Vaccine operations Central Provinces & Berar 1912-1920 - 1912-1920
Year: 1912
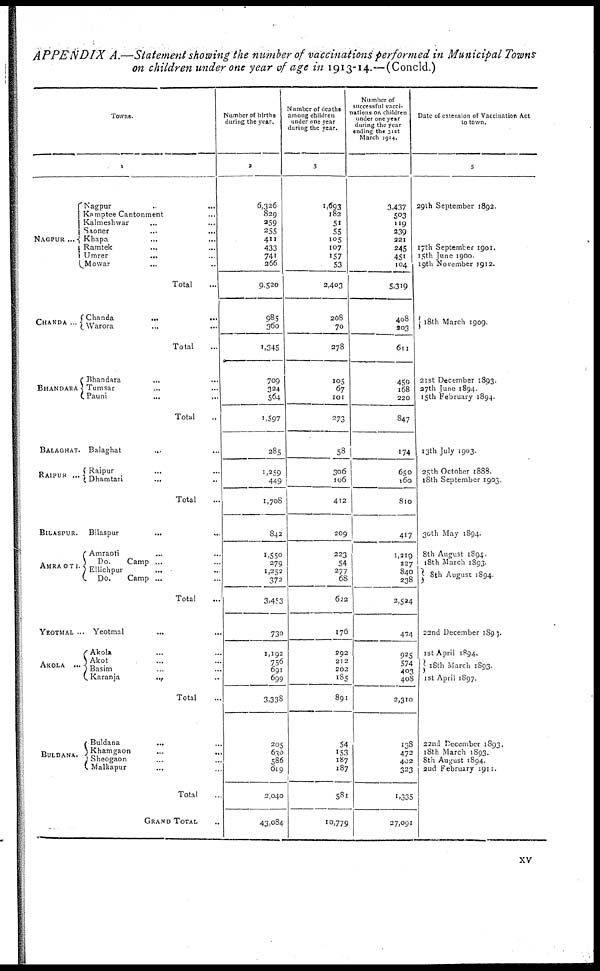
APPENDIX A.—Statement showing the number of vaccinations performed in Municipal Towns
on children under one year of age in 1913-14.—(Concld.)
Towns.
1
NAGPUR ...
CHANDA ...
BHANDARA
BALAGHAT
RAIPUR ...
BILASPUR.
AHRAOTI
YEOTMAL ...
AKOLA ...
BULDANA
Nagpur ... ...
Kamptee Cantonment ...
Kalmeshwar ... ...
Saoner ... ...
Khapa ... ...
Ramtek ... ...
Umrer
... ...
Mowar ... ...
Total ...
Chanda
...
...
Warora ... ...
Total ...
Bhandara ... ...
Tumsar ... ...
Pauni ... ...
Total ...
Balaghat ... ...
Raipur ... ...
Dhamtari
... ...
Total ...
Bilaspur ... ...
Amraoti ... ...
Do.
Camp ... ...
Ellichpur ... ...
Do.
Camp ... ...
Total ...
Yeotmal ... ...
Akola ... ...
Akot ... ...
Basim ... ...
Karanja
... ...
Total ...
Buldana
... ...
Khamgaon
...
...
Sheogaon ... ...
Malkapur ... ...
Total ...
GRAND TOTAL ...
Number of births
during the year.
2
6,326
829
259
255
411
433
741
266
9,520
985
360
1,345
709
324
564
1,597
285
1,259
449
1,708
842
1,550
279
1,252
372
3,453
730
1,192
756
691
699
3,338
205
630
586
619
2,040
43,084
Number of deaths
among children
under one year
during the year.
3
1,693
182
51
55
105
107
157
53
2,403
208
70
278
105
67
101
273
58
306
106
412
209
223
54
277
68
622
176
292
212
202
185
891
54
153
187
187
581
10,779
Number of
successful vacci-
----ons on children
under one year
during the year
ending the 31st
March 1914.
4
3,437
503
119
239
221
245
451
104
5,319
408
203
611
459
168
220
847
174
650
160
810
417
1,219
227
840
238
2,524
474
925
574
403
408
2,310
138
472
402
323
1,335
27,091
Date of extension of Vaccination Act
to town.
5
29th September 1892.
17th September 1901.
15th June 1900.
19th November 1912.
18th March 1909.
21st December 1893.
27th June 1894.
15th February 1894.
13th July 1903.
25,th October 1888.
18th September 1903.
30th May 1894.
8th August 1894.
18th March 1893.
8th August 1894.
22nd December 1893.
1st April 1894.
18th March 1893.
1st April 1897.
22nd December 1893.
18th March 1893.
8th August 1894.
2nd February 1911.
xv